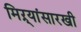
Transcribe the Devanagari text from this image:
मिऱ्यांसारखी